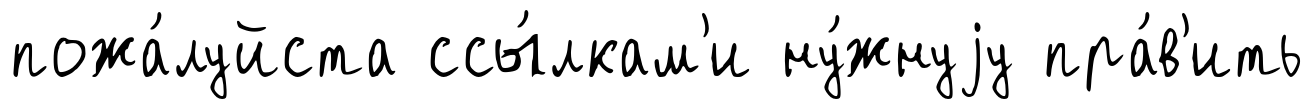
пожа́луйста ссы́лкам'и ну́жнуjу пра́в'ить